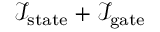
\mathcal { I } _ { \mathrm { s t a t e } } + \mathcal { I } _ { \mathrm { g a t e } }